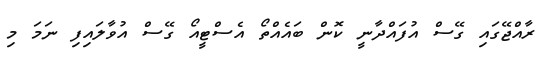
ރާއްޖޭގައި ގޭސް އުފައްދާނީ ކޮން ބައެއްތޯ އެސްޓީއޯ ގޭސް އުވާލައިފި ނަމަ މި